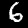
Digit: 6